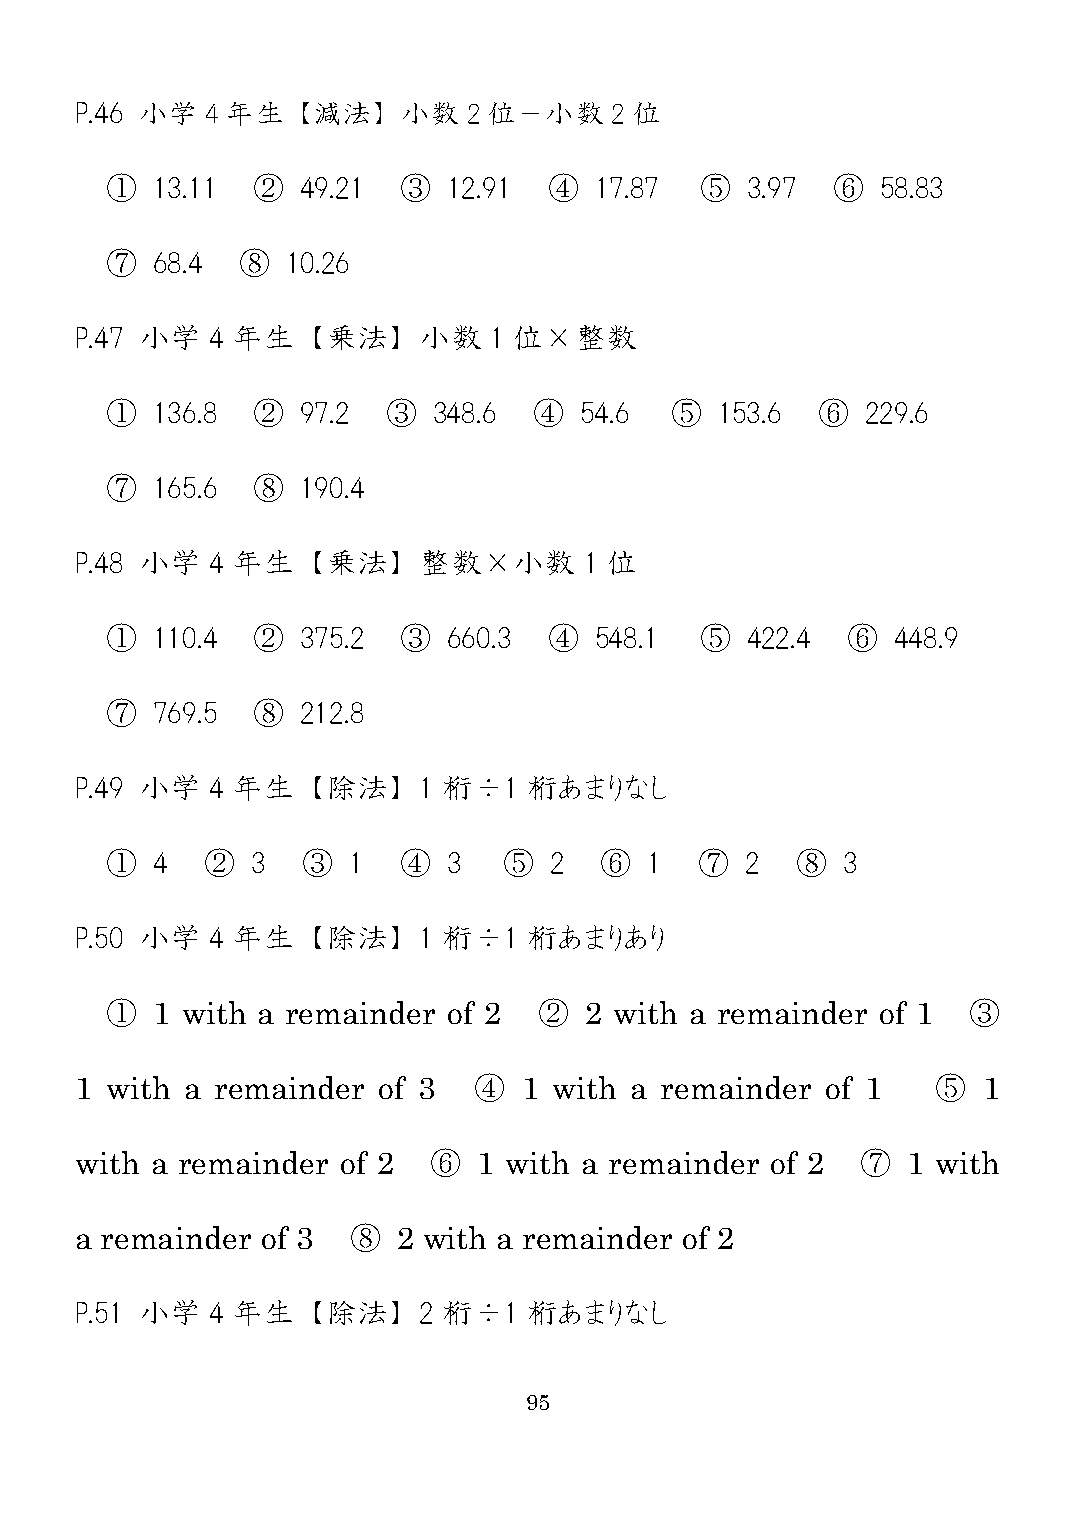
P.46 小学  4 年生  【減法】   小数  2 位－小数   2 位
 ①  13.11  ②  49.21  ③  12.91 ④  17.87  ⑤  3.97  ⑥  58.83
 ⑦  68.4  ⑧  10.26
 P.47 小学  4 年生  【乗法】    小数  1 位×整数
 ①  136.8  ②  97.2  ③  348.6 ④  54.6  ⑤   153.6 ⑥  229.6
 ⑦  165.6  ⑧  190.4
 P.48 小学  4 年生  【乗法】    整数×小数      1 位
 ①  110.4  ②  375.2  ③  660.3 ④  548.1  ⑤  422.4  ⑥  448.9
 ⑦  769.5  ⑧  212.8
 P.49 小学  4 年生  【除法】    1 桁÷1  桁あまりなし
 ①  4   ②  3  ③  1  ④   3  ⑤  2   ⑥  1  ⑦  2   ⑧  3
 P.50 小学  4 年生  【除法】    1 桁÷1  桁あまりあり
 ①  1 with a remainder  of 2  ②  2 with a remainder of 1  ③
 1 with a remainder  of 3  ④   1 with a remainder  of 1   ⑤  1
 with a remainder of 2  ⑥   1 with a remainder of 2  ⑦  1 with
 a remainder of 3  ⑧  2 with a remainder of 2
 P.51 小学  4 年生  【除法】    2 桁÷1  桁あまりなし
 95